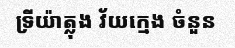
ទ្រីយ៉ាត្លុង វ័យក្មេង ចំនួន